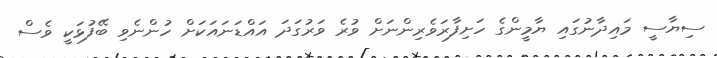
ސިޔާސީ މައިދާނުގައި ޔާމީންގެ ހަށިފާރަވެރިންނަށް ވުރެ ވަރުގަދަ އައްޑަނައަކަށް ހުންނެވި ބޭފުޅަކީ ވެސް